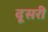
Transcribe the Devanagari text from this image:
दूसरी